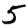
Digit: 5